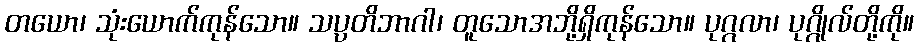
တယော၊ သုံးယောက်ကုန်သော။ သပ္ပတိဘာဂါ၊ တူသောအဘို့ရှိကုန်သော။ ပုဂ္ဂလာ၊ ပုဂ္ဂိုလ်တို့ကို။